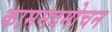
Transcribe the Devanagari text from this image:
काममदमोचन